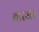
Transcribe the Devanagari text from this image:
बारजर